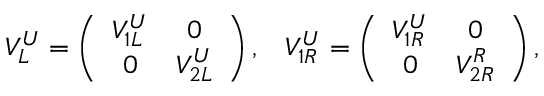
\begin{array} { c c } { { V _ { L } ^ { U } = \left( \begin{array} { c c } { { V _ { 1 L } ^ { U } } } & { { 0 } } \\ { { 0 } } & { { V _ { 2 L } ^ { U } } } \end{array} \right) , } } & { { V _ { 1 R } ^ { U } = \left( \begin{array} { c c } { { V _ { 1 R } ^ { U } } } & { { 0 } } \\ { { 0 } } & { { V _ { 2 R } ^ { R } } } \end{array} \right) , } } \end{array}